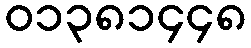
၀၁၃၈၁၄၄၈